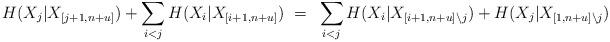
LaTeX: \begin{align*} H(X_j | X_{[j+1,n+u]}) + \sum_{i < j} H(X_i | X_{[i+1,n+u]}) ~=~ \sum_{i < j} H(X_i | X_{[i+1,n+u] \backslash j}) + H(X_j | X_{[1,n+u] \backslash j})\end{align*}